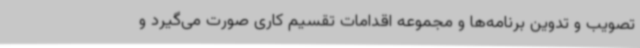
تصویب و تدوین برنامه‌ها و مجموعه اقدامات تقسیم کاری صورت می‌گیرد و